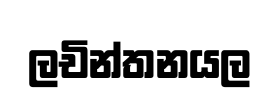
ලචින්තනයල